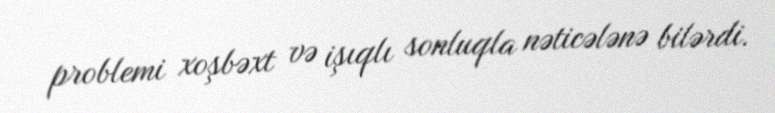
problemi xoşbəxt və işıqlı sonluqla nəticələnə bilərdi.